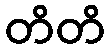
တိတိ